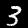
Label: 3